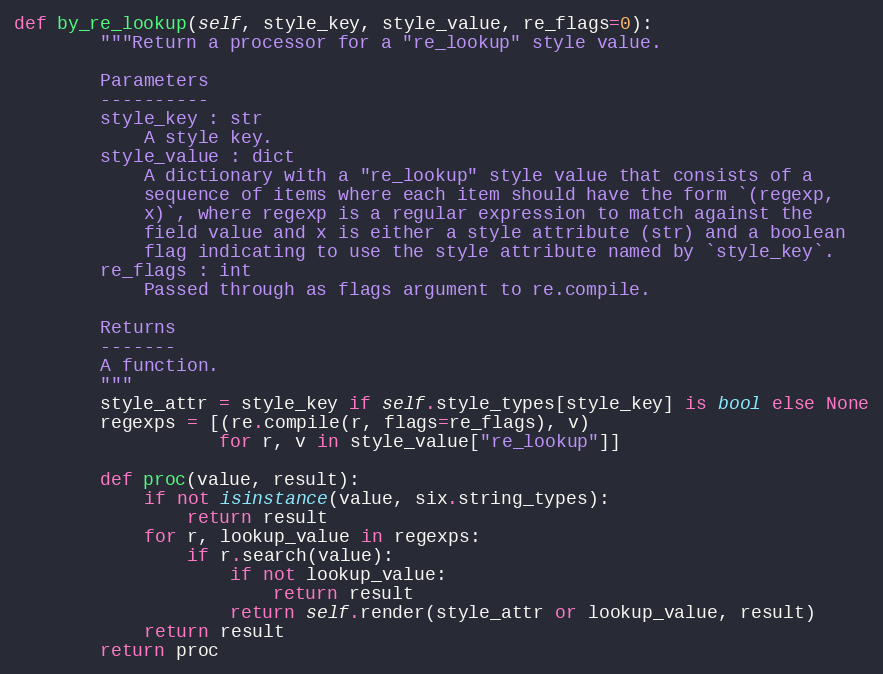
Language: Python
def by_re_lookup(self, style_key, style_value, re_flags=0):
        """Return a processor for a "re_lookup" style value.

        Parameters
        ----------
        style_key : str
            A style key.
        style_value : dict
            A dictionary with a "re_lookup" style value that consists of a
            sequence of items where each item should have the form `(regexp,
            x)`, where regexp is a regular expression to match against the
            field value and x is either a style attribute (str) and a boolean
            flag indicating to use the style attribute named by `style_key`.
        re_flags : int
            Passed through as flags argument to re.compile.

        Returns
        -------
        A function.
        """
        style_attr = style_key if self.style_types[style_key] is bool else None
        regexps = [(re.compile(r, flags=re_flags), v)
                   for r, v in style_value["re_lookup"]]

        def proc(value, result):
            if not isinstance(value, six.string_types):
                return result
            for r, lookup_value in regexps:
                if r.search(value):
                    if not lookup_value:
                        return result
                    return self.render(style_attr or lookup_value, result)
            return result
        return proc